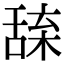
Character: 𦧢